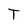
Character: T